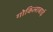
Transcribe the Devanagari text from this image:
गोकिलाबाई